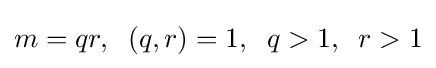
m=qr,\;\;(q,r)=1,\;\;q>1,\;\;r>1